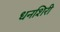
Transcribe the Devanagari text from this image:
धनशिरी